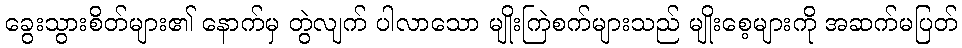
ခွေးသွားစိတ်များ၏ နောက်မှ တွဲလျက် ပါလာသော မျိုးကြဲစက်များသည် မျိုးစေ့များကို အဆက်မပြတ်